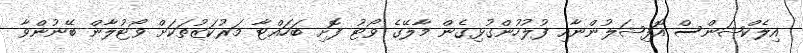
އިލެކްޝަންސް އޮފިޝަލުންނާއި ފުލުހުންގުޅިގެން މާލޭގެ ވޯޓު ފޮށި ބަހައްޓާ މަރުކަޒުތަކަށް ވޯޓުލާން ބޭނުންވާ